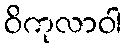
ဝိကုလာဝါ